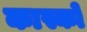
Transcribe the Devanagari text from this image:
कास्को